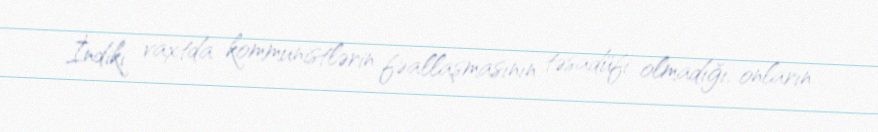
İndiki vaxtda kommunistlərin fəallaşmasının təsadüfi olmadığı, onların